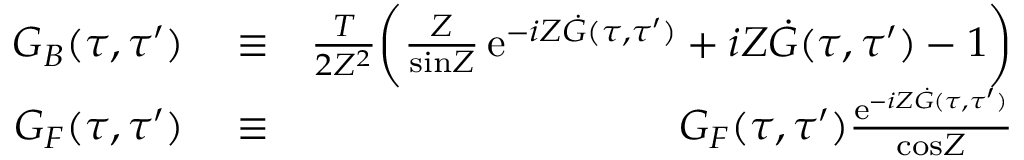
\begin{array} { r l r } { { \cal G } _ { B } ( \tau , \tau ^ { \prime } ) } & { { } \equiv } & { \frac { T } { 2 { \cal Z } ^ { 2 } } \biggl ( { \frac { \cal Z } { \mathrm { s i n } { \cal Z } } } \, \mathrm { e } ^ { - i { \cal Z } \dot { G } ( \tau , \tau ^ { \prime } ) } + i { \cal Z } \dot { G } ( \tau , \tau ^ { \prime } ) - 1 \biggr ) } \\ { { \cal G } _ { F } ( \tau , \tau ^ { \prime } ) } & { { } \equiv } & { G _ { F } ( \tau , \tau ^ { \prime } ) { \frac { \mathrm { e } ^ { - i { \cal Z } \dot { G } ( \tau , \tau ^ { \prime } ) } } { \mathrm { c o s } { \cal Z } } } } \end{array}